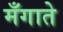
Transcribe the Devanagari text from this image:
मँगाते